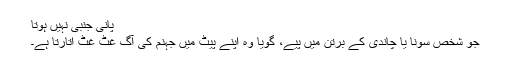
پانی جُنْبی نہیں ہوتا
جو شخص سونا یا چاندی کے برتن میں پیے، گویا وہ اپنے پیٹ میں جہنم کی آگ غٹ غٹ اتارتا ہے۔